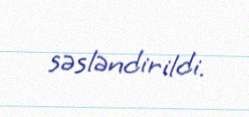
səsləndirildi.